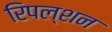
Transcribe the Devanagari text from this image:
रिपल्शन